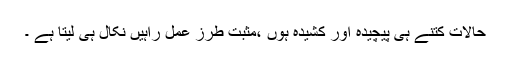
حالات کتنے ہی پیچیدہ اور کشیدہ ہوں ،مثبت طرز عمل راہیں نکال ہی لیتا ہے ۔